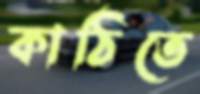
কাঠিতে